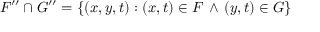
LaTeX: F ^ { \prime \prime } \cap G ^ { \prime \prime } = \{ ( x , y , t ) : ( x , t ) \in F \, \land \, ( y , t ) \in G \}